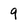
Character: 9